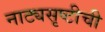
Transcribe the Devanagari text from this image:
नाट्यसृष्‍टीची